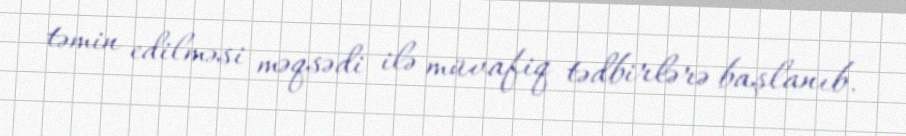
təmin edilməsi məqsədi ilə müvafiq tədbirlərə başlanıb.